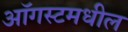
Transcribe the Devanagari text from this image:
ऑगस्टमधील